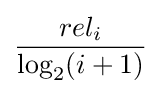
{\frac {rel_{i}}{\log _{2}(i+1)}}